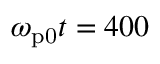
\omega _ { \mathrm { p 0 } } t = 4 0 0